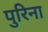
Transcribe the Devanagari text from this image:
पुरिना